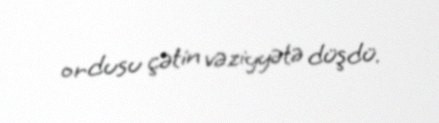
ordusu çətin vəziyyətə düşdü.